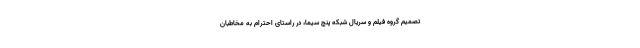
تصمیم گروه فیلم و سریال شبکه پنج سیما، در راستای احترام به مخاطبان